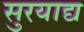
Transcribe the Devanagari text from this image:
सुरयाद्य